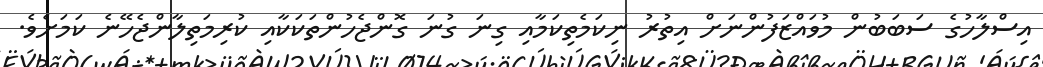
އިސްލާހުގެ ސަބަބުން މުވައްޒަފުންނަށް އިތުރު ނިކަމެތިކަމާއި ގިނަ ގުނަ ގޮންޖެހުންތަކަކާއި ކުރިމަތިލާންޖެހޭނެ ކަމަށެވެ.